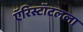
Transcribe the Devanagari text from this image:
ऍरिस्टॉटलला